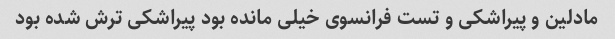
مادلین و پیراشکی و تست فرانسوی خیلی مانده بود پیراشکی ترش شده بود